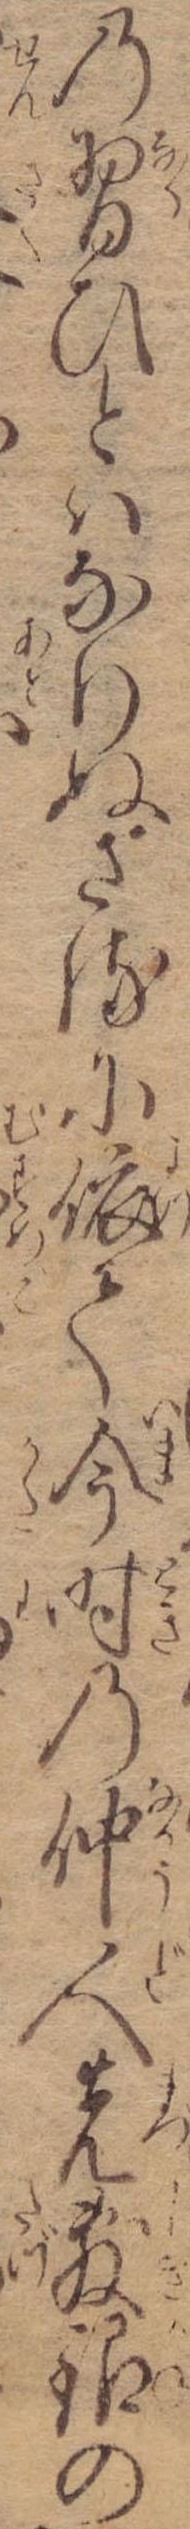
の習ひとはなりぬさるに依て今時の仲人先敷銀の